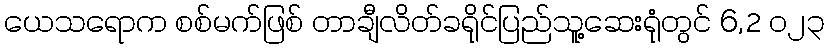
ယေသရောက စစ်မက်ဖြစ် တာချီလိတ်ခရိုင်ပြည်သူ့ဆေးရုံတွင် 6,2 ၀၂၃